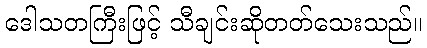
ဒေါသတကြီးဖြင့် သီချင်းဆိုတတ်သေးသည်။